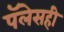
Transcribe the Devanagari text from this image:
पॅलेसही